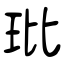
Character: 玭